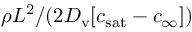
\rho L ^ { 2 } / ( 2 { \cal D } _ { \mathrm { v } } [ c _ { \mathrm { s a t } } - c _ { \infty } ] )